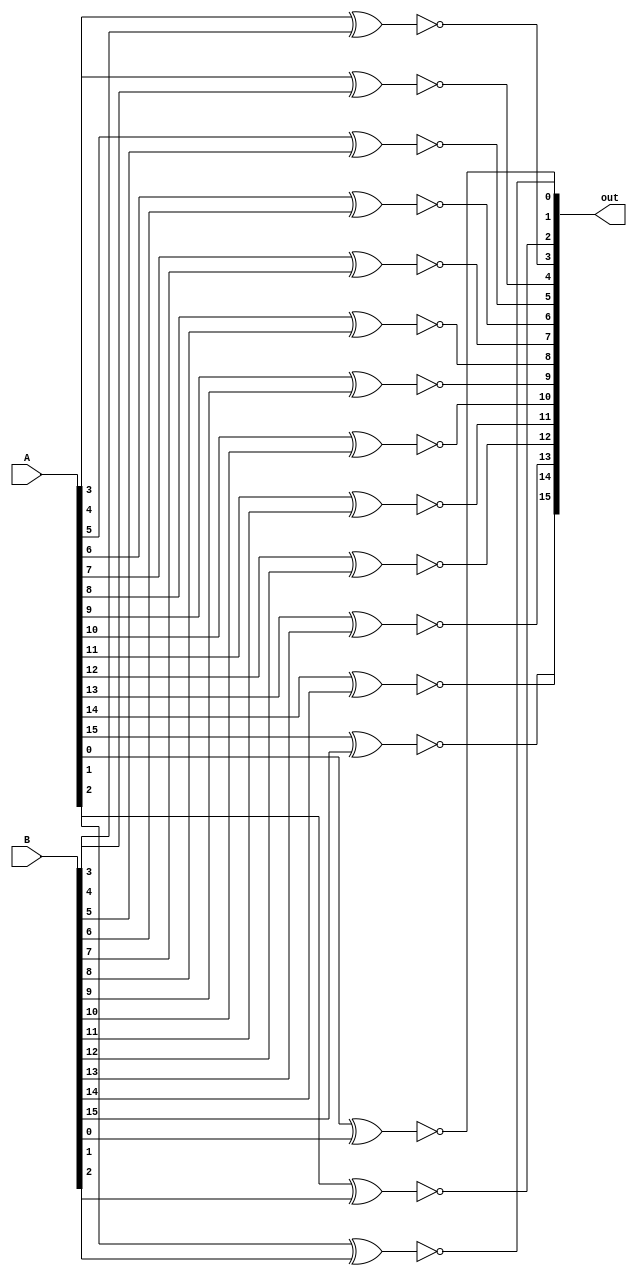
module XNOR (A, B, out);

input [16:1] A, B;

output [16:1] out;

assign out[1] = !(A[1] ^ B[1]);
assign out[2] = !(A[2] ^ B[2]);
assign out[3] = !(A[3] ^ B[3]);
assign out[4] = !(A[4] ^ B[4]);
assign out[5] = !(A[5] ^ B[5]);
assign out[6] = !(A[6] ^ B[6]);
assign out[7] = !(A[7] ^ B[7]);
assign out[8] = !(A[8] ^ B[8]);
assign out[9] = !(A[9] ^ B[9]);
assign out[10] = !(A[10] ^ B[10]);
assign out[11] = !(A[11] ^ B[11]);
assign out[12] = !(A[12] ^ B[12]);
assign out[13] = !(A[13] ^ B[13]);
assign out[14] = !(A[14] ^ B[14]);
assign out[15] = !(A[15] ^ B[15]);
assign out[16] = !(A[16] ^ B[16]);

endmodule